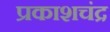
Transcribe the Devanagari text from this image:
प्रकाशचंद्र